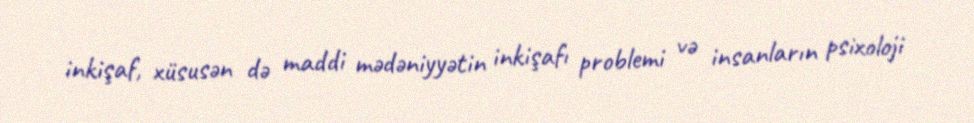
inkişaf, xüsusən də maddi mədəniyyətin inkişafı problemi və insanların psixoloji